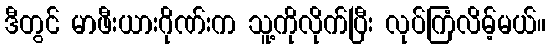
ဒီတွင် မာဖီးယားဂိုဏ်းက သူ့ကိုလိုက်ပြီး လုပ်ကြံလိမ့်မယ်။